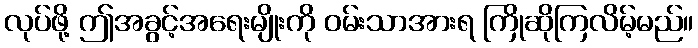
လုပ်ဖို့ ဤအခွင့်အရေးမျိုးကို ဝမ်းသာအားရ ကြိုဆိုကြလိမ့်မည်။